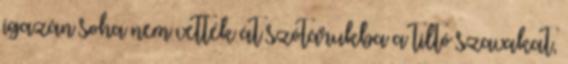
igazán soha nem vették át szótárukba a tiltó szavakat,